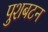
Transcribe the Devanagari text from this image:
पुशबटन